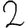
Digit: 2